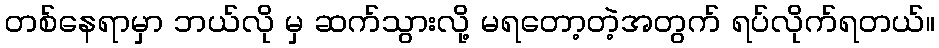
တစ်နေရာမှာ ဘယ်လို မှ ဆက်သွားလို့ မရတော့တဲ့အတွက် ရပ်လိုက်ရတယ်။